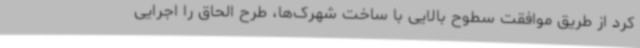
کرد از طریق موافقت سطوح بالایی با ساخت شهرک‌ها، طرح الحاق را اجرایی